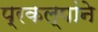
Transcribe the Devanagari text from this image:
प्रकल्पांने